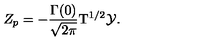
{ Z _ { p } } = - { \frac { \Gamma ( 0 ) } { \sqrt { 2 \pi } } } { { \mathrm { T } } ^ { 1 / 2 } } \mathcal { Y } .